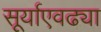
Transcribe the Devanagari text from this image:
सूर्याएवढ्या